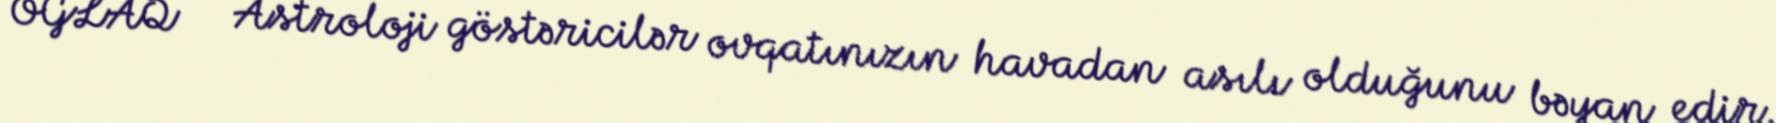
OĞLAQ - Astroloji göstəricilər ovqatınızın havadan asılı olduğunu bəyan edir.